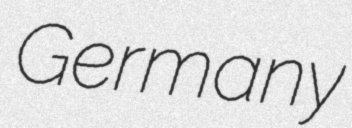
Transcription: Germany